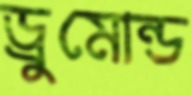
ড্রুমোন্ড